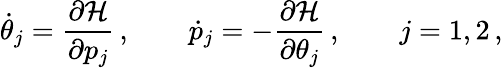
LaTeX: \dot{\theta}_{j}=\frac{\partial\mathcal{H}}{\partial p_{j}}\, ,\qquad\dot{p}_{j}=-\frac{\partial\mathcal{H}}{\partial\theta_{j}}\, ,\qquad j=1,2\, ,